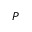
P